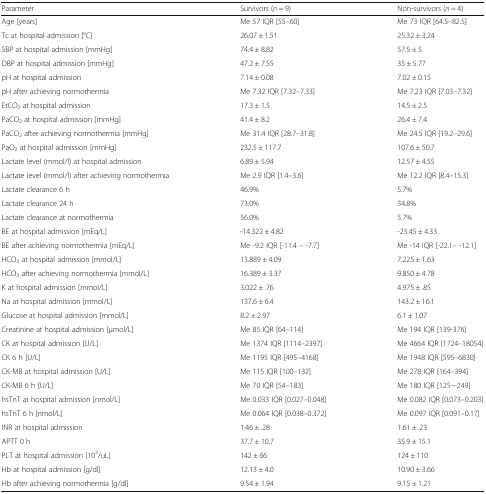
<table><thead><tr><td><b>Parameter</b></td><td><b>Survivors (<i>n</i> = 9)</b></td><td><b>Non-survivors (<i>n</i> = 4)</b></td></tr></thead><tbody><tr><td>Age [years]</td><td>Me 57 IQR [55–60]</td><td>Me 73 IQR [64.5–82.5]</td></tr><tr><td>Tc at hospital admission [°C]</td><td>26.07 ± 1.51</td><td>25.32 ± 3.24</td></tr><tr><td>SBP at hospital admission [mmHg]</td><td>74.4 ± 8.82</td><td>57.5 ± 5</td></tr><tr><td>DBP at hospital admission [mmHg]</td><td>47.2 ± 7.55</td><td>35 ± 5.77</td></tr><tr><td>pH at hospital admission</td><td>7.14 ± 0.08</td><td>7.02 ± 0.15</td></tr><tr><td>pH after achieving normothermia</td><td>Me 7.32 IQR [7.32–7.33]</td><td>Me 7.23 IQR [7.03–7.32]</td></tr><tr><td>EtCO<sub>2</sub> at hospital admission</td><td>17.3 ± 1.5</td><td>14.5 ± 2.5</td></tr><tr><td>PaCO<sub>2</sub> at hospital admission [mmHg]</td><td>41.4 ± 8.2</td><td>26.4 ± 7.4</td></tr><tr><td>PaCO<sub>2</sub> after achieving normothermia [mmHg]</td><td>Me 31.4 IQR [28.7–31.8]</td><td>Me 24.5 IQR [19.2–29.6]</td></tr><tr><td>PaO<sub>2</sub> at hospital admission [mmHg]</td><td>232.5 ± 117.7</td><td>107.6 ± 50.7</td></tr><tr><td>Lactate level (mmol/l) at hospital admission</td><td>6.89 ± 5.94</td><td>12.57 ± 4.55</td></tr><tr><td>Lactate level (mmol/l) after achieving normothermia</td><td>Me 2.9 IQR [1.4–3.6]</td><td>Me 12.2 IQR [8.4–15.3]</td></tr><tr><td>Lactate clearance 6 h</td><td>46.9%</td><td>5.7%</td></tr><tr><td>Lactate clearance 24 h</td><td>73.0%</td><td>34.8%</td></tr><tr><td>Lactate clearance at normothermia</td><td>56.0%</td><td>5.7%</td></tr><tr><td>BE at hospital admission [mEq/L]</td><td>-14.322 ± 4.82</td><td>-23.45 ± 4.33</td></tr><tr><td>BE after achieving normothermia [mEq/L]</td><td>Me -9.2 IQR [-11.4 – -7.7]</td><td>Me -14 IQR [-22.1– -12.1]</td></tr><tr><td>HCO<sub>3</sub> at hospital admission [mmol/L]</td><td>13.889 ± 4.09</td><td>7.225 ± 1.63</td></tr><tr><td>HCO<sub>3</sub> after achieving normothermia [mmol/L]</td><td>16.389 ± 3.37</td><td>9.850 ± 4.78</td></tr><tr><td>K at hospital admission [mmol/L]</td><td>3.022 ± .76</td><td>4.975 ± .85</td></tr><tr><td>Na at hospital admission [mmol/L]</td><td>137.6 ± 6.4</td><td>143.2 ± 16.1</td></tr><tr><td>Glucose at hospital admission [mmol/L]</td><td>8.2 ± 2.97</td><td>6.1 ± 1.07</td></tr><tr><td>Creatinine at hospital admission [μmol/L]</td><td>Me 85 IQR [64–114]</td><td>Me 194 IQR [139-376]</td></tr><tr><td>CK at hospital admission [U/L]</td><td>Me 1374 IQR [1114–2397]</td><td>Me 4664 IQR [1724–18054]</td></tr><tr><td>CK 6 h [U/L]</td><td>Me 1195 IQR [495–4168]</td><td>Me 1948 IQR [595–6830]</td></tr><tr><td>CK-MB at hospital admission [U/L]</td><td>Me 115 IQR [100–132]</td><td>Me 278 IQR [164–394]</td></tr><tr><td>CK-MB 6 h [U/L]</td><td>Me 70 IQR [54–183]</td><td>Me 180 IQR [125-–249]</td></tr><tr><td>hsTnT at hospital admission [nmol/L]</td><td>Me 0.033 IQR [0.027–0.048]</td><td>Me 0.082 IQR [0.073–0.203]</td></tr><tr><td>hsTnT 6 h [nmol/L]</td><td>Me 0.064 IQR [0.038–0.372]</td><td>Me 0.097 IQR [0.091–0.17]</td></tr><tr><td>INR at hospital admission</td><td>1.46 ± .28</td><td>1.61 ± .23</td></tr><tr><td>APTT 0 h</td><td>37.7 ± 10.7</td><td>35.9 ± 15.1</td></tr><tr><td>PLT at hospital admission [10<sup>3</sup>/uL]</td><td>142 ± 66</td><td>124 ± 110</td></tr><tr><td>Hb at hospital admission [g/dl]</td><td>12.13 ± 4.0</td><td>10.90 ± 3.66</td></tr><tr><td>Hb after achieving normothermia [g/dl]</td><td>9.54 ± 1.94</td><td>9.15 ± 1.21</td></tr></tbody></table>